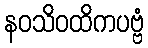
နဝသိဝထိကပဗ္ဗံ